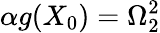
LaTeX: \alpha g(X_{0})=\Omega_{2}^{2}